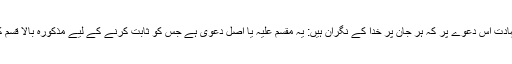
ستاروں کی شہادت اس دعوے پر کہ ہر جان پر خدا کے نگران ہیں: یہ مقسم علیہ یا اصل دعویٰ ہے جس کو ثابت کرنے کے لیے مذکورہ بالا قسم کھائی گئی ہے۔